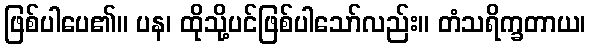
ဖြစ်ပါပေ၏။ ပန၊ ထိုသို့ပင်ဖြစ်ပါသော်လည်း။ တံသရိက္ခတာယ၊